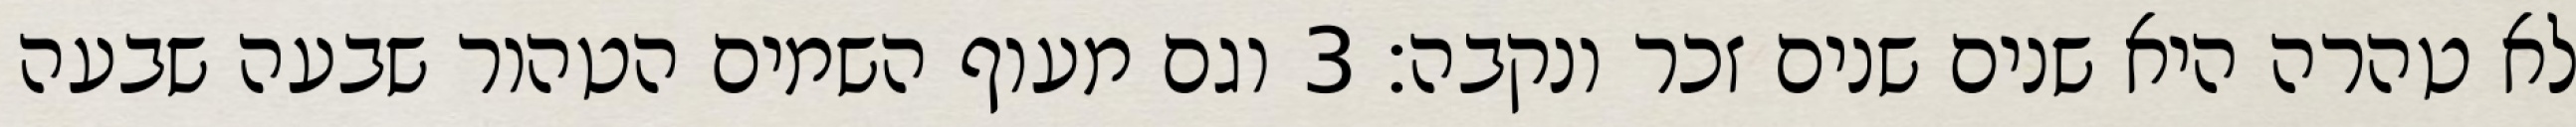
לא טהרה היא שנים שנים זכר ונקבה׃ ‎3‏ וגם מעוף השמים הטהור שבעה שבעה